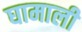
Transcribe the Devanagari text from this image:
घामाली